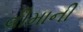
વીમાની